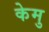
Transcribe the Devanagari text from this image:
केमु